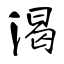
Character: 渴